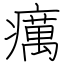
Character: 癘